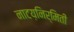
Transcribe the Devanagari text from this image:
नाटय़निर्मिती